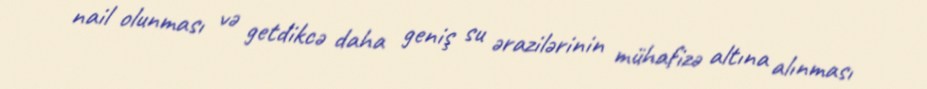
nail olunması və getdikcə daha geniş su ərazilərinin mühafizə altına alınması